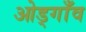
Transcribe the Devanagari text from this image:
ओड्गाँव